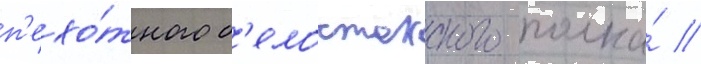
п'ехо́тного б'елостокского полка́ //